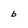
Character: b